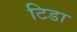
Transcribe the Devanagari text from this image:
टिडा